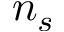
n _ { s }